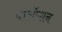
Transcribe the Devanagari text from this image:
परसॅप्शन